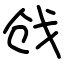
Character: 戗